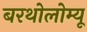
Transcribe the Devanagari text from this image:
बरथोलोम्यू